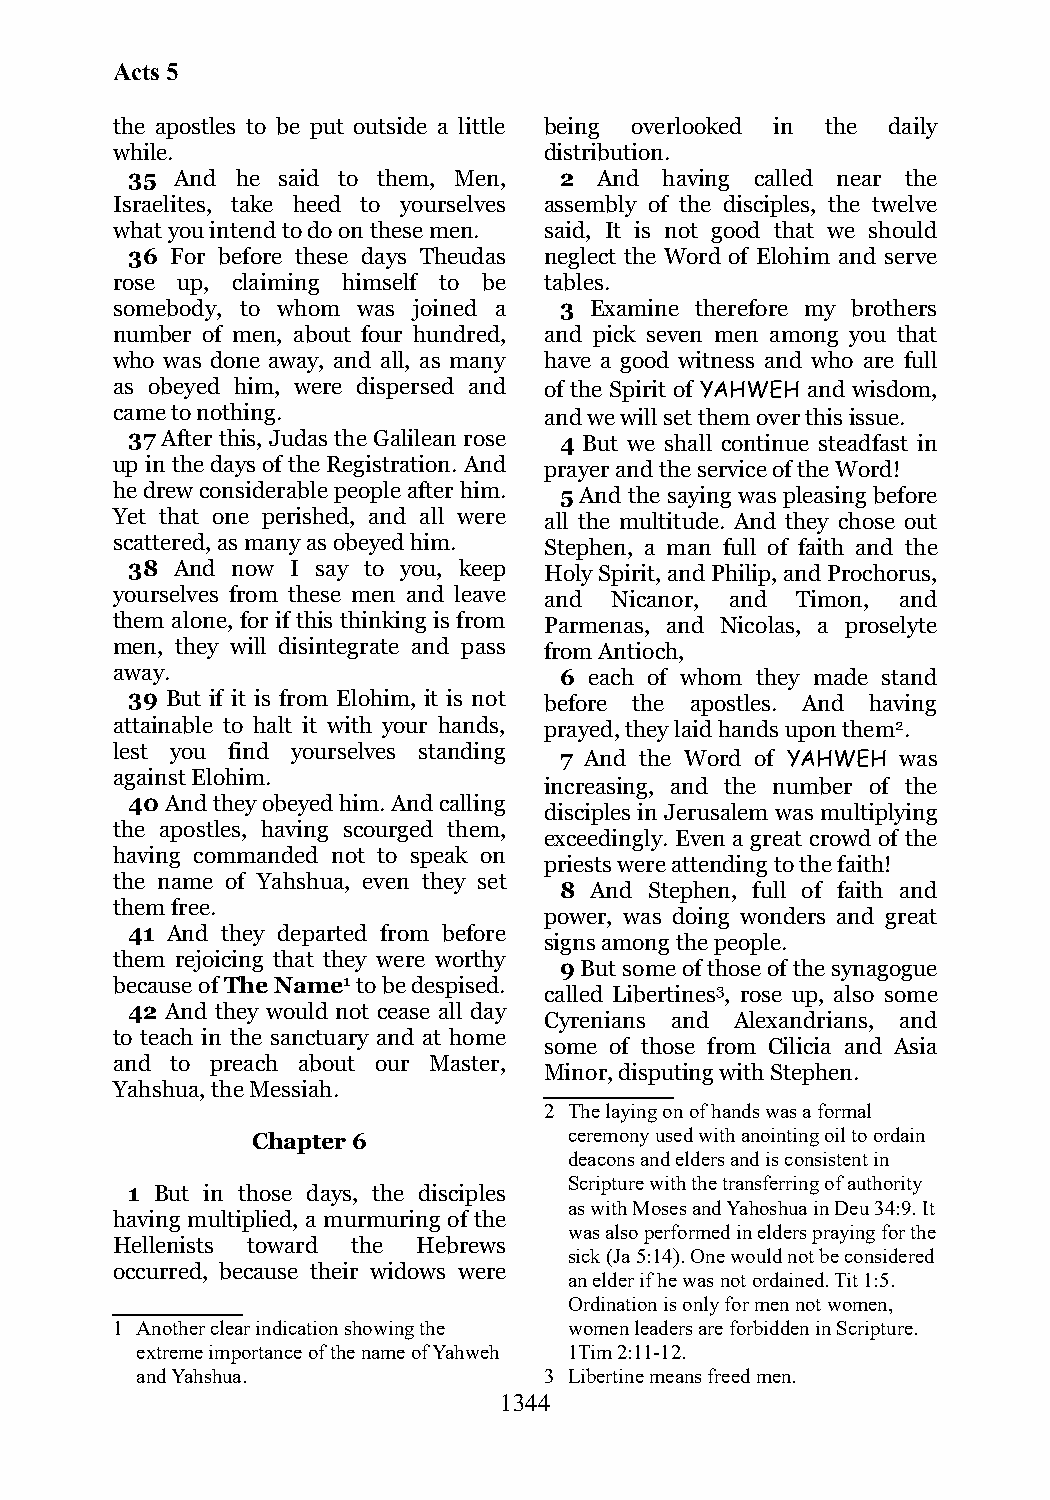
Acts 5
 the apostles to be put outside a little being overlooked in the daily
 while.                       distribution.
 35  And he said to them, Men, 2 And having called near the
 Israelites, take heed to yourselves assembly of the disciples, the twelve
 what you intend to do on these men. said, It is not good that we should
 36 For before these days Theudas neglect the Word of Elohim and serve
 rose up, claiming himself to be tables.
 somebody, to whom was joined a 3 Examine therefore my brothers
 number of men, about four hundred, and pick seven men among you that
 who was done away, and all, as many have a good witness and who are full
 as obeyed him, were dispersed and of the Spirit of YAHWEH and wisdom,
 came to nothing.             and we will set them over this issue.
 37 After this, Judas the Galilean rose 4 But we shall continue steadfast in
 up in the days of the Registration. And prayer and the service of the Word!
 he drew considerable people after him. 5 And the saying was pleasing before
 Yet that one perished, and all were all the multitude. And they chose out
 scattered, as many as obeyed him. Stephen, a man full of faith and the
 38  And now I say to you, keep Holy Spirit, and Philip, and Prochorus,
 yourselves from these men and leave and Nicanor, and Timon, and
 them alone, for if this thinking is from Parmenas, and Nicolas, a proselyte
 men, they will disintegrate and pass from Antioch,
 away.                         6 each of whom they made stand
 39 But if it is from Elohim, it is not before the apostles. And having
 attainable to halt it with your hands, prayed, they laid hands upon them2.
 lest you find yourselves standing
 7 And the Word of YAHWEH was
 against Elohim.
 increasing, and the number of the
 40 And they obeyed him. And calling
 disciples in Jerusalem was multiplying
 the apostles, having scourged them,
 exceedingly. Even a great crowd of the
 having commanded not to speak on
 priests were attending to the faith!
 the name of Yahshua, even they set
 8 And Stephen, full of faith and
 them free.
 power, was doing wonders and great
 41 And they departed from before
 signs among the people.
 them rejoicing that they were worthy
 9 But some of those of the synagogue
 because of The Name1 to be despised.
 called Libertines3, rose up, also some
 42 And they would not cease all day
 Cyrenians and Alexandrians, and
 to teach in the sanctuary and at home
 some of those from Cilicia and Asia
 and to preach about our Master,
 Minor, disputing with Stephen.
 Yahshua, the Messiah.
 2 The laying on of hands was a formal
 Chapter 6            ceremony used with anointing oil to ordain
 deacons and elders and is consistent in
 Scripture with the transferring of authority
 1 But in those days, the disciples
 as with Moses and Yahoshua in Deu 34:9. It
 having multiplied, a murmuring of the
 was also performed in elders praying for the
 Hellenists toward the Hebrews
 sick (Ja 5:14). One would not be considered
 occurred, because their widows were
 an elder if he was not ordained. Tit 1:5.
 Ordination is only for men not women,
 1 Another clear indication showing the women leaders are forbidden in Scripture.
 extreme importance of the name of Yahweh 1Tim 2:11-12.
 and Yahshua.               3 Libertine means freed men.
 1344